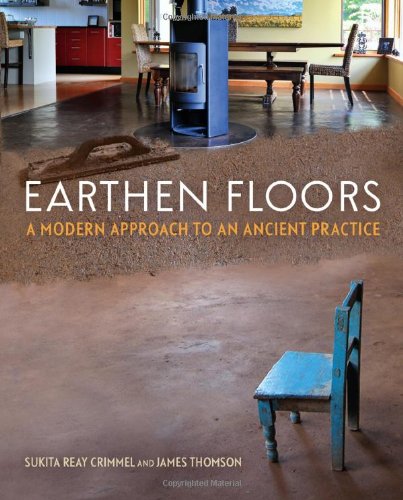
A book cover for Earthen Floors: A Modern Approach to an Ancient Practice; Sukita Reay Crimmel; Arts & Photography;